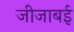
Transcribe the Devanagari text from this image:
जीजाबई